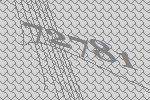
72781